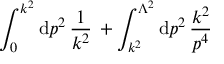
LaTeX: \int _ { 0 } ^ { k ^ { 2 } } \mathrm { d } p ^ { 2 } \, \frac { 1 } { k ^ { 2 } } \, + \int _ { k ^ { 2 } } ^ { \Lambda ^ { 2 } } \mathrm { d } p ^ { 2 } \, \frac { k ^ { 2 } } { p ^ { 4 } }